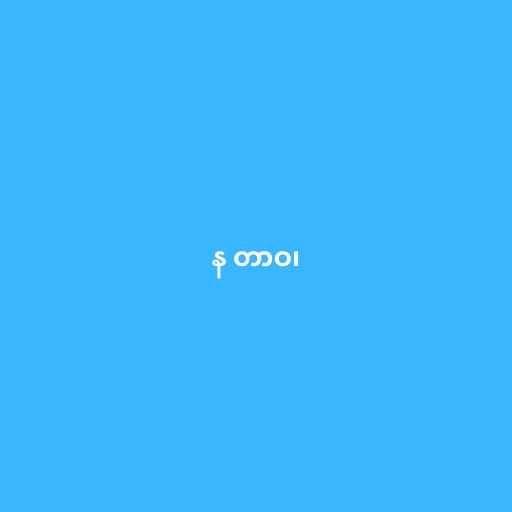
န တာဝ၊